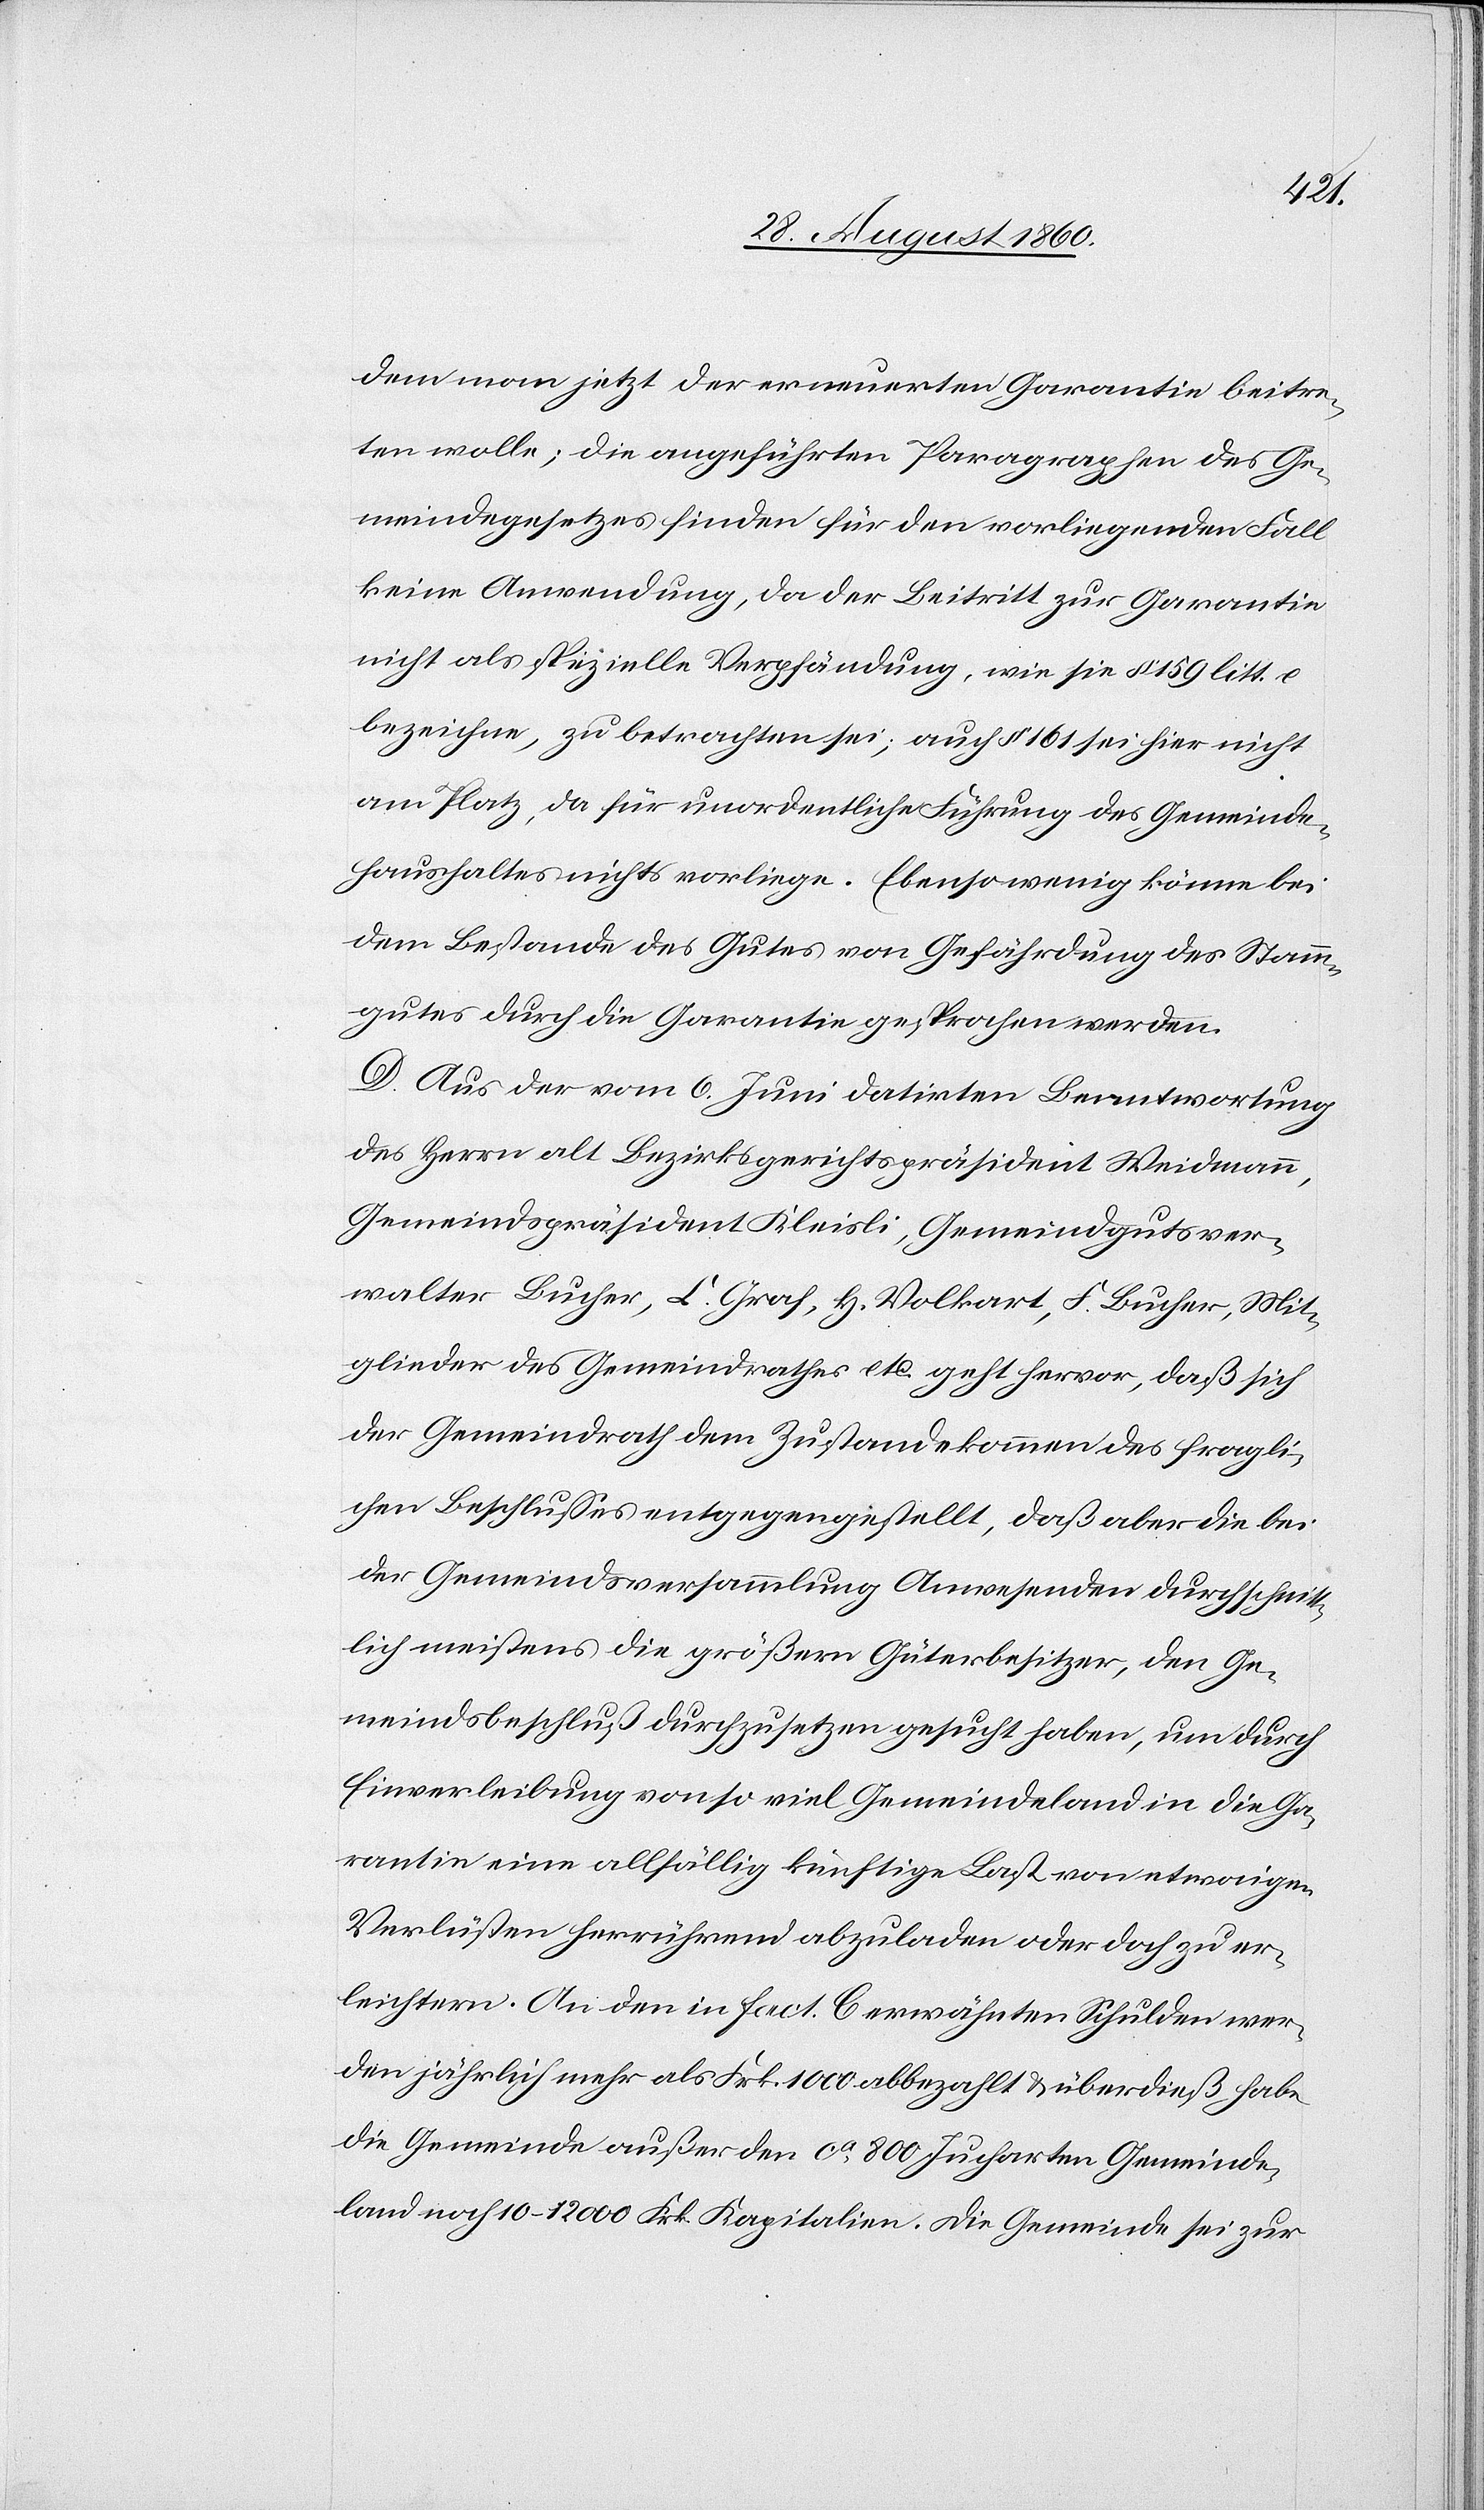
dem man jetzt der erneuerten Garantie beitre¬
ten wolle; die angeführten Paragraphen des Ge¬
meindegesetzes finden für den vorliegenden Fall
keine Anwendung, da der Beitritt zur Garantie
nicht als spezielle Verpfändung, wie sie §. 159 litt. c
bezeichne, zu betrachten sei; auch §. 161 sei hier nicht
am Platz, da für unordentliche Führung des Gemeinde¬
haushaltes nichts vorliege. Ebensowenig könne bei
dem Bestande des Gutes von Gefährdung des Stamm¬
gutes durch die Garantie gesprochen werden.
D. Aus der vom 6. Juni datirten Beantwortung
des Herrn alt Bezirksgerichtspräsident Weidmann,
Gemeindspräsident Kleisli, Gemeindgutsver¬
walter Bucher, C. Graf, H. Volkart, F. Bucher, Mit¬
glieder des Gemeindrathes etc. geht hervor, dass sich
der Gemeindrath dem Zustandekommen des fragli¬
chen Beschlusses entgegengestellt, dass aber die bei
der Gemeindsversammlung Anwesenden durchschnitt¬
lich meistens die grössern Güterbesitzer, den Ge¬
meindsbeschluss durchzusetzen gesucht haben, und durch
Einverleibung von soviel Gemeindeland in die Ga¬
rantie eine allfällige künftige Last von etwaigen
Verlüsten herrührend abzuladen oder doch zu er¬
leichtern. An den in Fact. C. erwähnten Schulden wer¬
den jährlich mehr als Frk. 1000. abbezahlt u. überdiess habe
die Gemeinde ausser den ca 800 Jucharten Gemeinde¬
land noch 10–12 000 Frk. Capitalien. Die Gemeinde sei zur